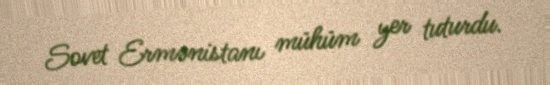
Sovet Ermənistanı mühüm yer tuturdu.